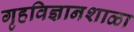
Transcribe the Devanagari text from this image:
गृहविज्ञानशाळा